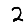
Digit: 2